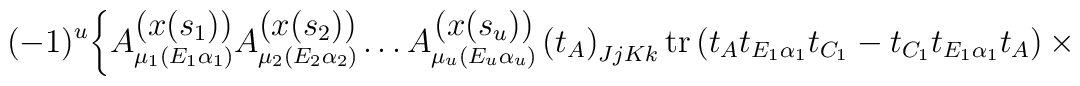
(-1)^u\bigg\{A\raisebox{-4pt}{$\stackrel{\displaystyle{(x(s_1))}} 	{\scriptstyle{\mu_1(E_1\alpha_1)}}$} 	A\raisebox{-4pt}{$\stackrel{\displaystyle{(x(s_2))}} 	{\scriptstyle{\mu_2(E_2\alpha_2)}}$} 	\dots A\raisebox{-4pt}{$\stackrel{\displaystyle{(x(s_u))}} 	{\scriptstyle{\mu_u(E_u\alpha_u)}}$} 	\left(t_A\right)_{JjKk}\mathrm{tr}\left(t_At_{E_1\alpha_1}t_{C_1}- 	t_{C_1}t_{E_1\alpha_1}t_A\right)\times